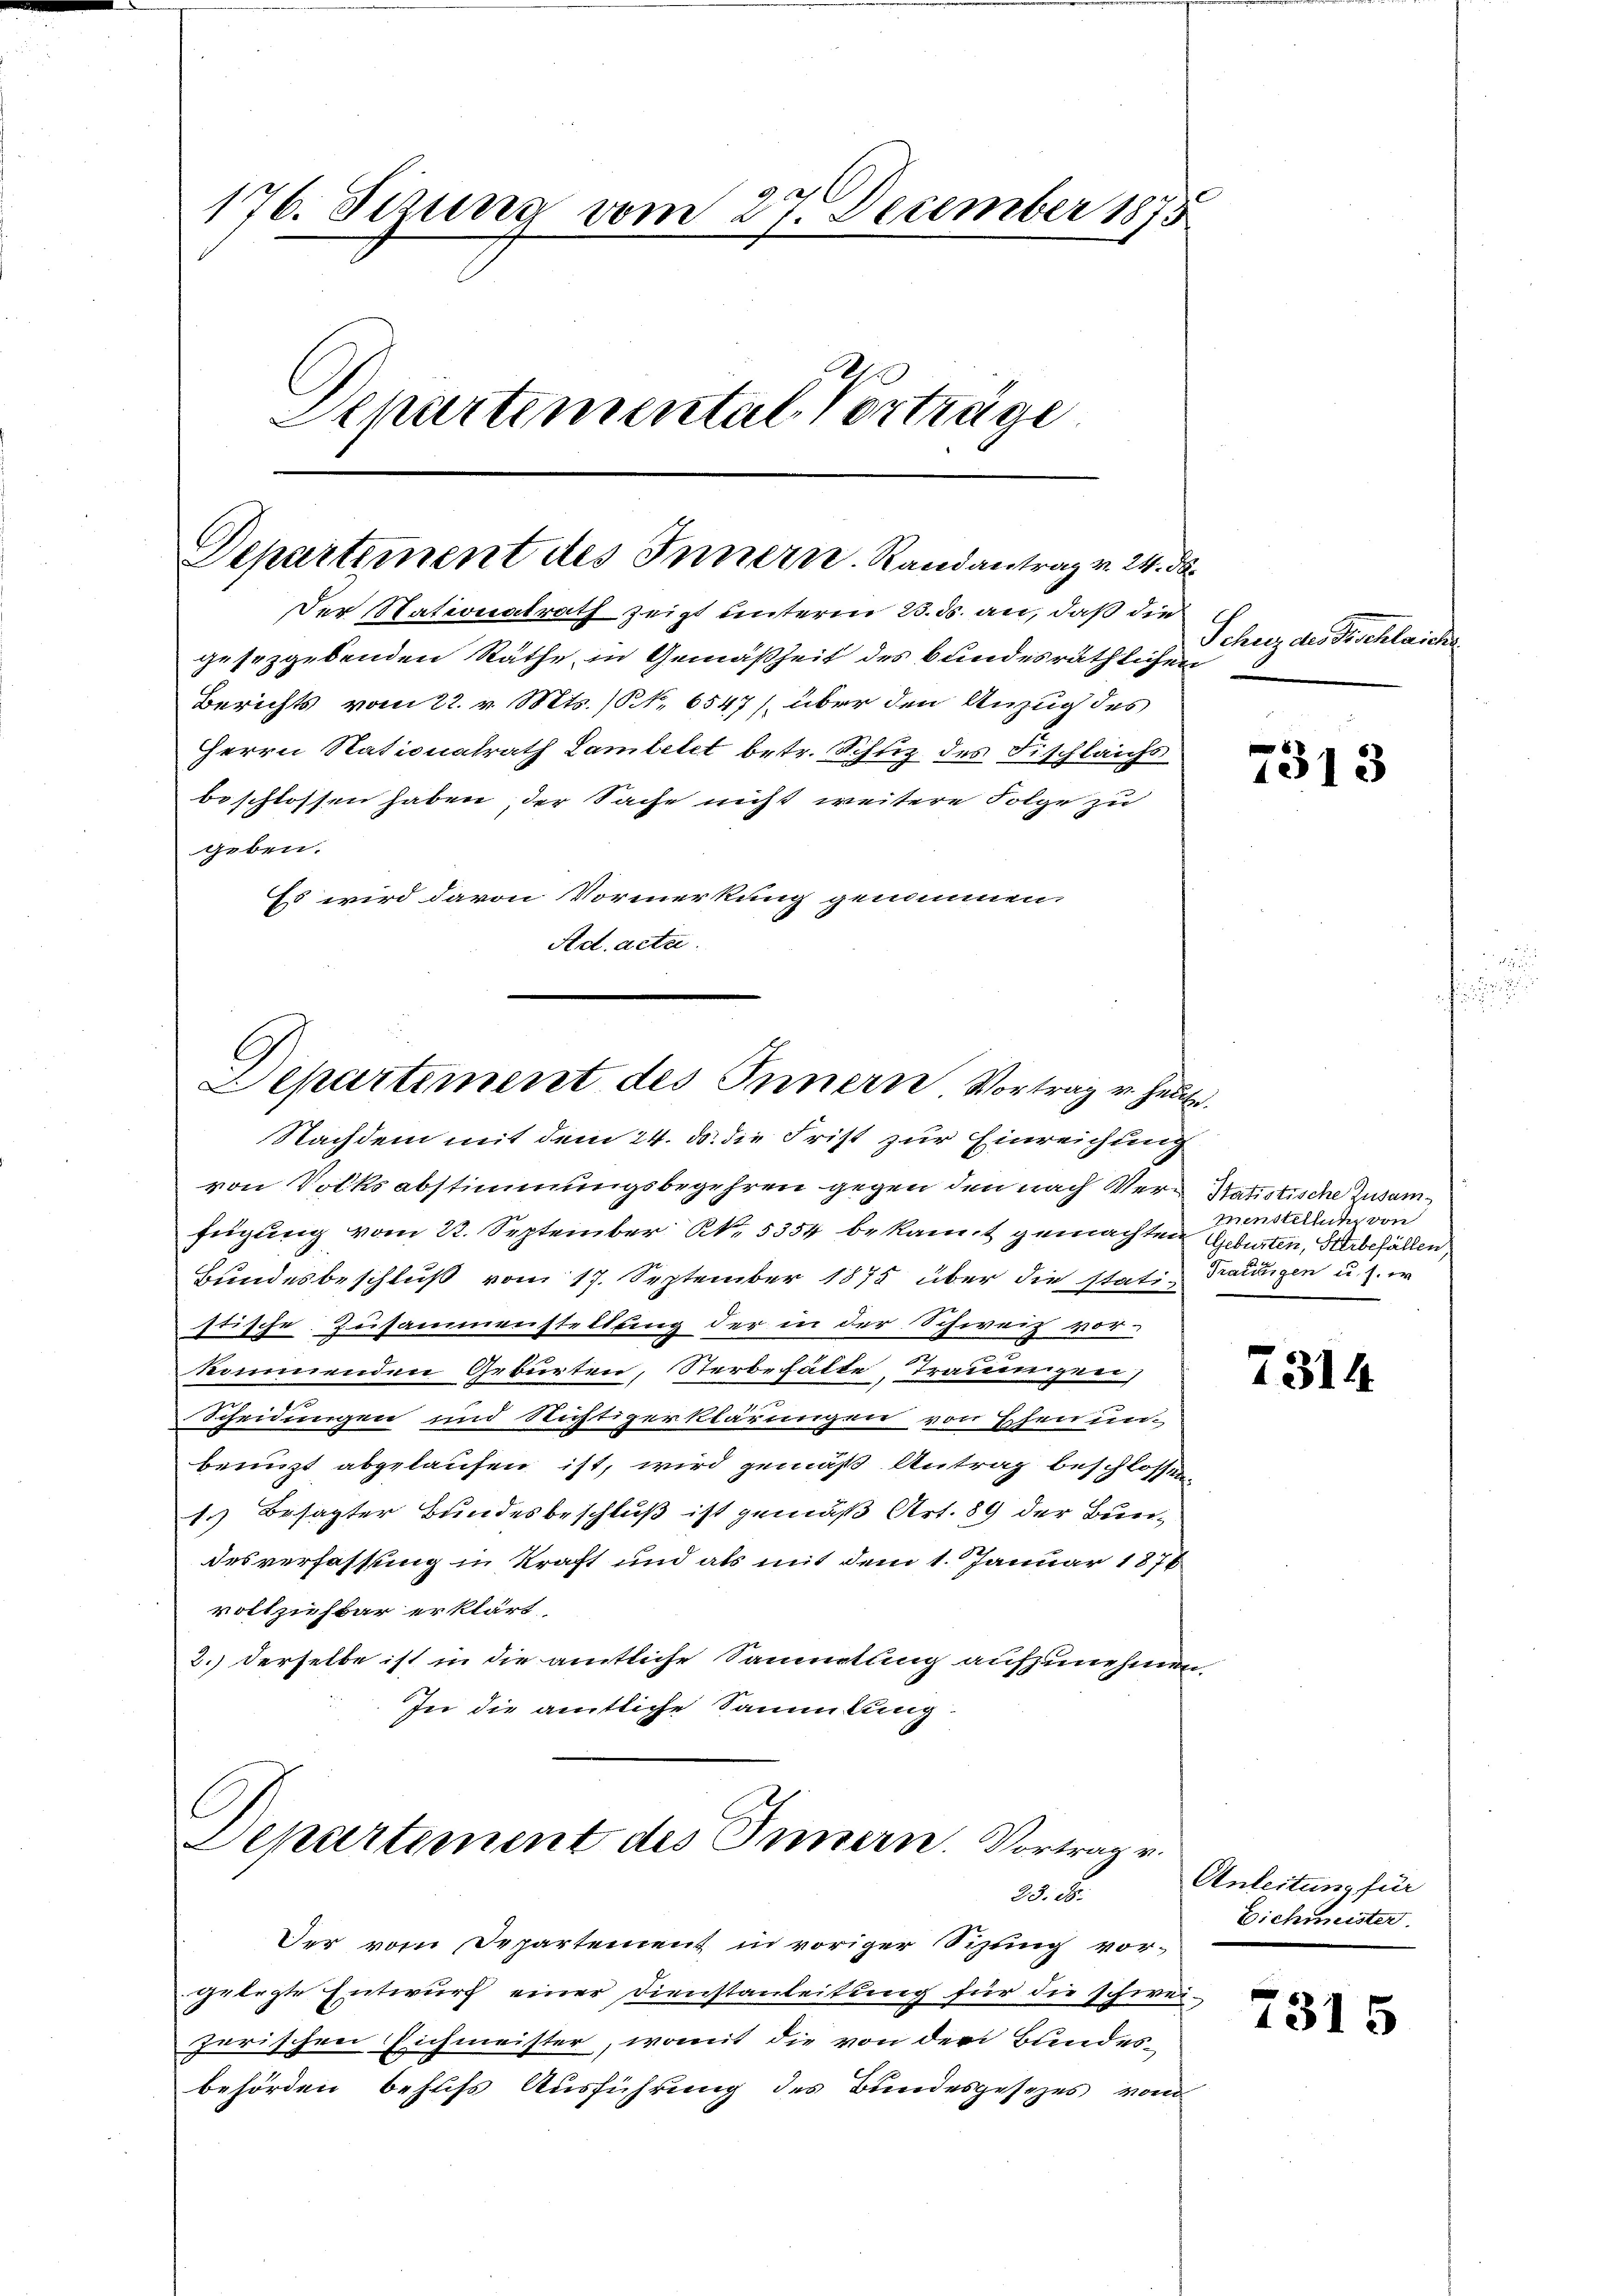
176. Sizung vom 27. December 1875
Departemental Vorträge.

Departiment des Innern. Randantrag v. 24. ds.

Der Stationatrath zeigt unterm 23. ds. an, daß die
gesetzgebenden Räthe in Gemäßheit des Bundesräthlichen
Berichts vom 22. v. Mts. (S. 6547), über den Anzug des
Herrn Nationalrath Lambetet betr. Schuz des Fischleichs
beschlossen haben, der Sache nicht weitere Folge zu
geben.
Es wird davon Vormerkung genommen.
Ad. acta.

Departiment des Innern Vortrag u. heute.

Nachdem mit dem 24. ds. die Frist zur Einreichung
von Volksabstimmungsbegehren gegen den nach Ver- Statistische Zusamfügung vom 22. September k. 5354 bekam gemachten Geburten, Herbefällen
Bundesbeschluß vom 17. September 1875 über die stati Trauungen u. s. er
stische Zusammenstellung der in der Schweiz vor-
kommenden Geburten, Sterbehälte, Traumigen
Scheidungen und Nustizerklärungen von Ehen un-
benuzt abgelaufen ist, wird gemäß Antrag beschlossen
1.) Besagter Bundesbeschluß ist gemäß Art. 89 der Bundesverfassung in Kraft und als mit dem 1. Januar 1876
vollziehbar erklärt,
2.) Derselbe ist in die amtliche Sammlung aufzunehmen,
In die amtliche Sammlung.

Separtement des Innern. Vortrag v.
25. d.

Der vom Departement in voriger Sizling vor-
gelegte Entwurf einer Dienstanleitung für die schweizerischen Eichmeister, womit die von der Bundes-
behörden behufs Ausführung des Bundesgesezes vom

Schutz des Beschlaichs.

e
1013

menstellung von

2314

Anleitung für
Eichmeister.

7315